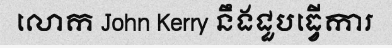
លោក John Kerry នឹងជួបធ្វើការ